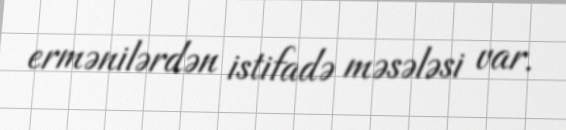
ermənilərdən istifadə məsələsi var.